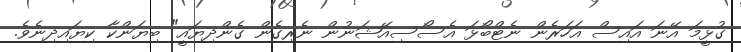
ގުޅީމަ އޭނަ އައިސް އަހަރެން ނެޓްބޯޅަ އެސޯސިއޭޝަނުން ނެރިގެން ގެންދިޔައީ" ބިޔަންކާ ކިޔައިދިނެވެ.